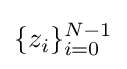
\{z_{i}\}_{i=0}^{N-1}